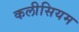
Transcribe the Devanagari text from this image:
कलीसियम